Report on lock hospitals in British Burma
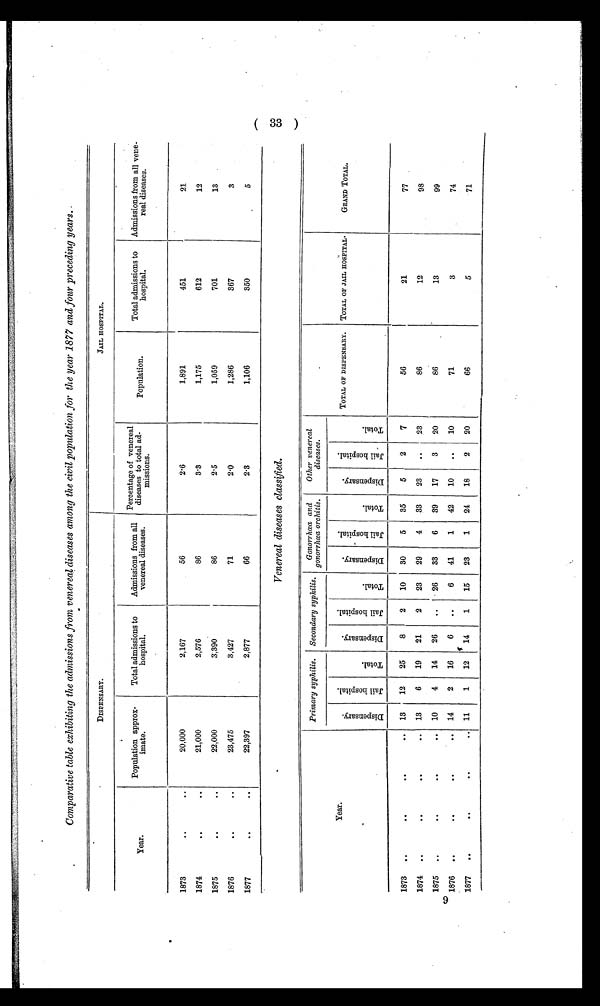
9
Comparative table exhibiting the admissions from venereal diseases among the civil population for the year 1877 and four preceding years.
DISPENSARY.
JAIL HOSPITAL
Year.
Population approx-
imate.
Total admissions to
hospital.
Admissions from all
venereal diseases.
Percentage of venereal
diseases to total ad-
missions.
Population.
Total admissions to
hospital,
Admissions from all vene-
real diseases.
1873 ..
20,000
2,167
56
2.6
1,891
451
21
1874.. ..
21,000
2,576
86
3.3
1,175
612
12
1875.. ..
22,000
3,390
86
2.5
1,059
701
13
1876 .. ..
23,475
3,427
71
2.0
1,286
367
3
1877 .. ..
22,397
2,877
66
2.3
1,106
350
5
Venereal diseases classified.
Year.
Primary syphilis. Secondary syphilis.
G o n o r r h œ a a n d g o n o r r h œ a o r c h i t i s .
Other venereal
diseases.
TOTAL OF DISPENSARY. TOTAL OF JAIL HOSPITAL .
GRAND TOTAL.
D i s p e n s a r y .
J a i l h o s p i t a l .
Total.
D i s p e n s a r y .
J a i l h o s p i t a l .
T o t a l .
D i s p e n s a r y .
J a i l h o s p i t a l .
T o t a l .
D i s p e n s a r y
J a i l h o s p i t a l .
T o t a l .
1873 ..
. .
. .
13
12
25
8
2
10
30
5
35
5
2
7
56
21
77
1874 ..
. .
..
.. 13
6
19
21
2
23
29
4
33
23
..
23
86
12
98
1875 ..
..
..
.. 10
4
14
26
..
26
33
6
39
17
3
20
86
13
99
1876 ..
. .
..
.. 14
2
16
6
..
6
41
1
42
10
..
10
71
3
74
1877
. .
. .
. .
.. 11
1
12
14
1
15
23
1
24
18
2
20
66
5
71
( 33 )